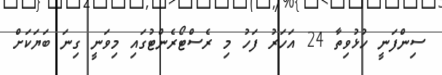
ސިންފަނީ ހުޅުވިތާ 24 އަހަރު ފަހު މި ރެސްޓޯރެންޓުގައި މިވަނީ ގިނަ ބަޔަކަށް